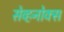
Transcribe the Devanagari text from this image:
सेव्हनोक्स